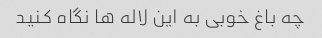
چه باغ خوبی به این لاله ها نگاه کنید